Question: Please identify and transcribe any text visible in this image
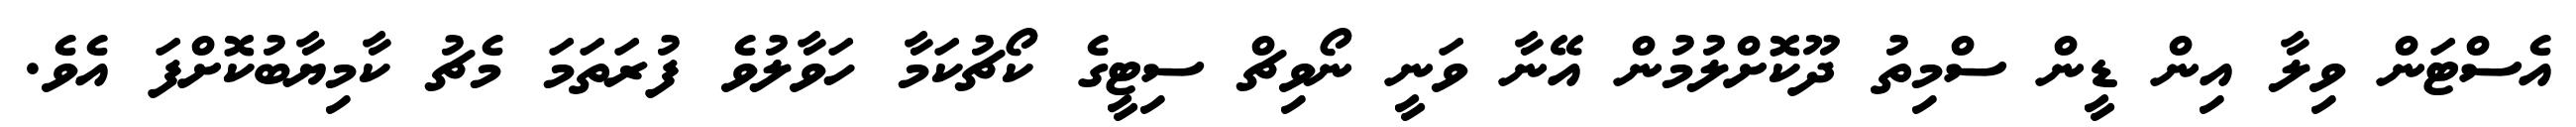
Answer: އެސްޓަން ވިލާ އިން ޑީން ސްމިތު ދޫކޮށްލުމުން އޭނާ ވަނީ ނޯވިޗް ސިޓީގެ ކޯޗުކަމާ ހަވާލުވެ ފުރަތަމަ މެޗު ކާމިޔާބުކޮށްފަ އެވެ.